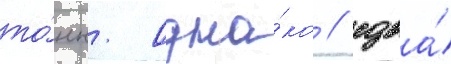
то́нн. Одна́ко / едва́